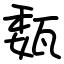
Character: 瓾